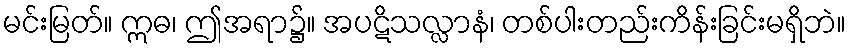
မင်းမြတ်။ ဣဓ၊ ဤအရာ၌။ အပဋိသလ္လာနံ၊ တစ်ပါးတည်းကိန်းခြင်းမရှိဘဲ။